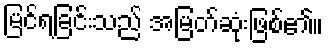
မြင်ရခြင်းသည် အမြတ်ဆုံးဖြစ်၏။